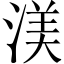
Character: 渼